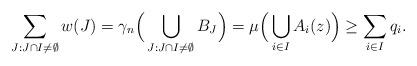
LaTeX: \begin{align*} \sum_{J: J \cap I \ne \emptyset} w(J) = \gamma_n\Big(\bigcup_{J: J \cap I \ne \emptyset} B_J\Big) = \mu\Big(\bigcup_{i \in I} A_i(z)\Big) \ge \sum_{i \in I} q_i. \end{align*}